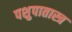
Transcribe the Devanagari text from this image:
पशुपातास्त्र